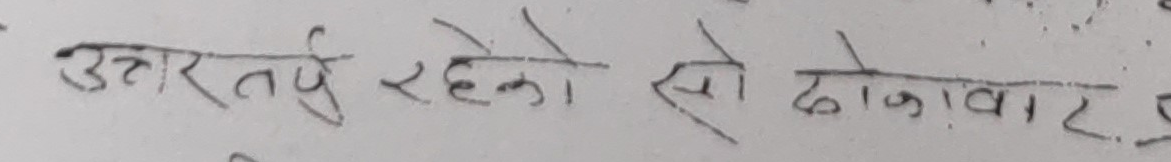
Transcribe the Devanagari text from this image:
उत्तरतर्फ रहेको सो ढोकावार